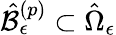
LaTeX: \hat{\mathcal{B}}_{\epsilon}^{\left(p\right)}\subset\hat{\Omega}_{\epsilon}